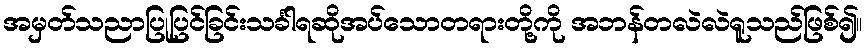
အမှတ်သညာပြုပြင်ခြင်းသင်္ခါရဆိုအပ်သောတရားတို့ကို အဘန်တလဲလဲရူသည်ဖြစ်၍။